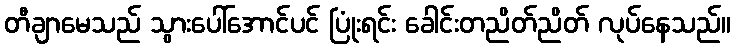
တီချာမေသည် သွားပေါ်အောင်ပင် ပြုံးရင်း ခေါင်းတညိတ်ညိတ် လုပ်နေသည်။